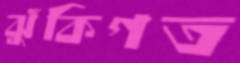
ঝুঁকিগত